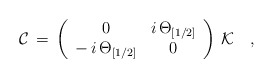
\begin{align*}{\cal C}\,=\,\left(\begin{array}{cc}0 & i\,\Theta_{[1/2]}\\-\,i\,\Theta_{[1/2]} &0\end{array}\right)\,{\cal K} \quad, \end{align*}